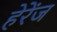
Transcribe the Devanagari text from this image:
हेरेंज